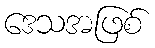
ဒေသအဖြစ်